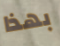
بهذا